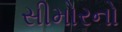
સીમોરનો